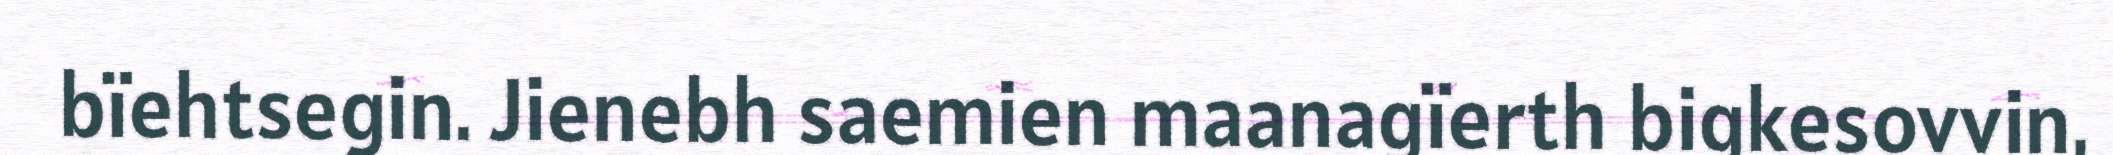
bïehtsegin. Jienebh saemien maanagïerth bigkesovvin,